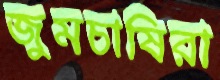
জুমচাষিরা